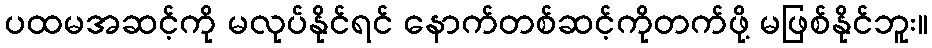
ပထမအဆင့်ကို မလုပ်နိုင်ရင် နောက်တစ်ဆင့်ကိုတက်ဖို့ မဖြစ်နိုင်ဘူး။